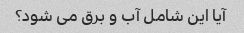
آیا این شامل آب و برق می شود؟